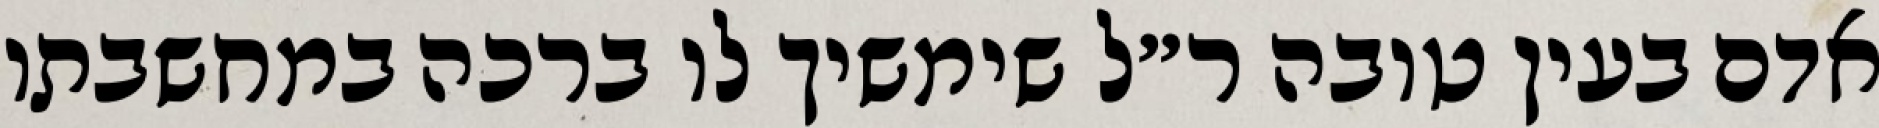
אדם בעין טובה ר״ל שימשיך לו ברכה במחשבתו